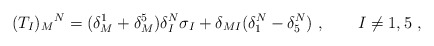
\begin{align*}(T_I)_M{}^N = (\delta_M^1 + \delta_M^5) \delta_I^N \sigma_I + \delta_{MI} (\delta_1^N - \delta_5^N)\ , \qquad I \neq 1,5 \ , \end{align*}